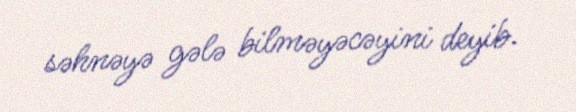
səhnəyə gələ bilməyəcəyini deyib.